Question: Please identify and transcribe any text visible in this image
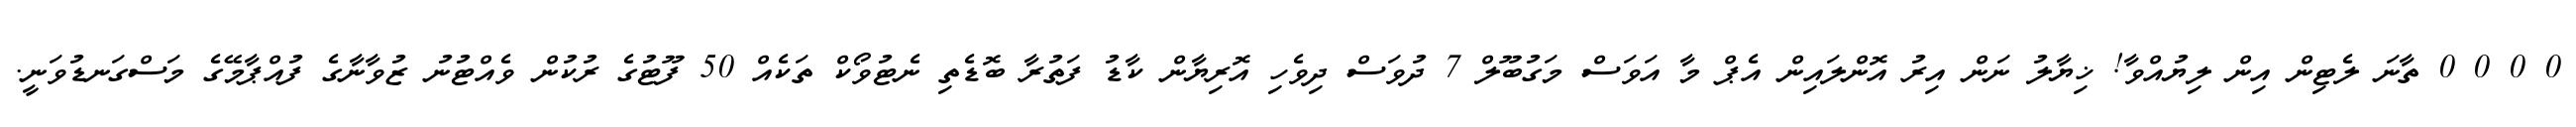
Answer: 0 0 0 0 ތާނަ ލެޓިން އިން ލިޔުއްވާ! ޚިޔާލު ނަން އިރު އޮންލައިން އެޕް މާ އަވަސް މަގުބޫލް 7 ދުވަސް ދިވެހި އޮރިޔާން ކާޑު ފަތުރާ ބޮޑެތި ނެޓުވޯކް ތަކެއް 50 ފޫޓުގެ ރުކުން ވެއްޓުނު ޒުވާނާގެ ފުއްޕާމޭގެ މަސްގަނޑުވަނީ.